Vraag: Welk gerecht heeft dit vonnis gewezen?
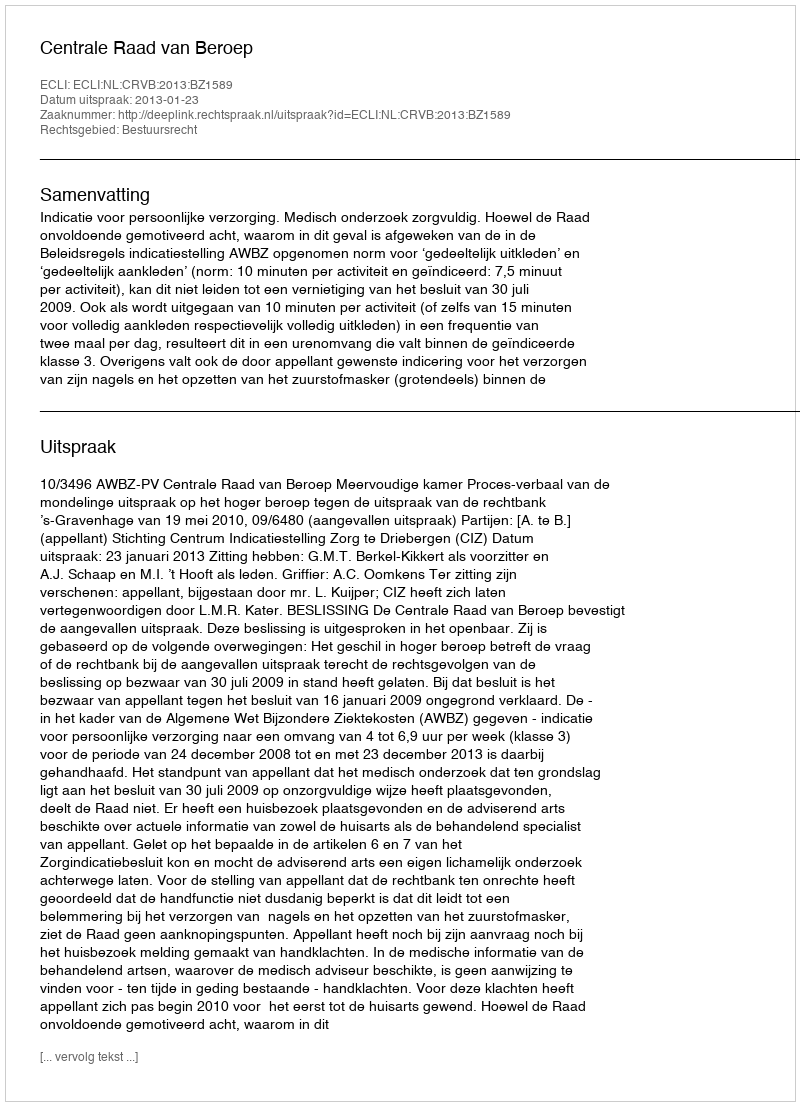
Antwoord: Centrale Raad van Beroep